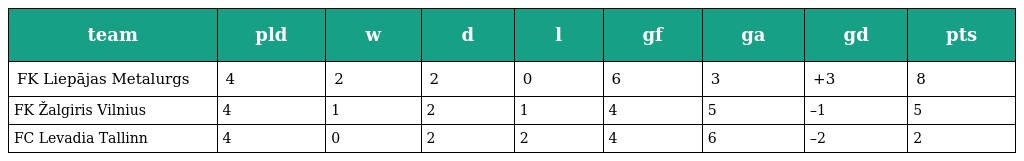
| team | pld | w | d | l | gf | ga | gd | pts |
 | --- | --- | --- | --- | --- | --- | --- | --- | --- |
 | FK Liepājas Metalurgs | 4 | 2 | 2 | 0 | 6 | 3 | +3 | 8 |
 | FK Žalgiris Vilnius | 4 | 1 | 2 | 1 | 4 | 5 | –1 | 5 |
 | FC Levadia Tallinn | 4 | 0 | 2 | 2 | 4 | 6 | –2 | 2 |